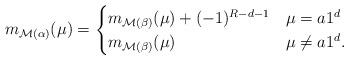
LaTeX: \begin{align*}m_{\mathcal{M}(\alpha)}(\mu)=\begin{cases}m_{\mathcal{M}(\beta)}(\mu)+(-1)^{R-d-1} & \mu=a1^d\\m_{\mathcal{M}(\beta)}(\mu) & \mu\neq a1^d.\end{cases}\end{align*}